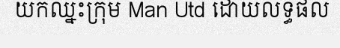
យកឈ្នះក្រុម Man Utd ដោយលទ្ធផល